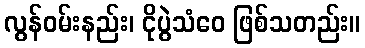
လွန်ဝမ်းနည်း၊ ငိုပွဲသံဝေ ဖြစ်သတည်း။